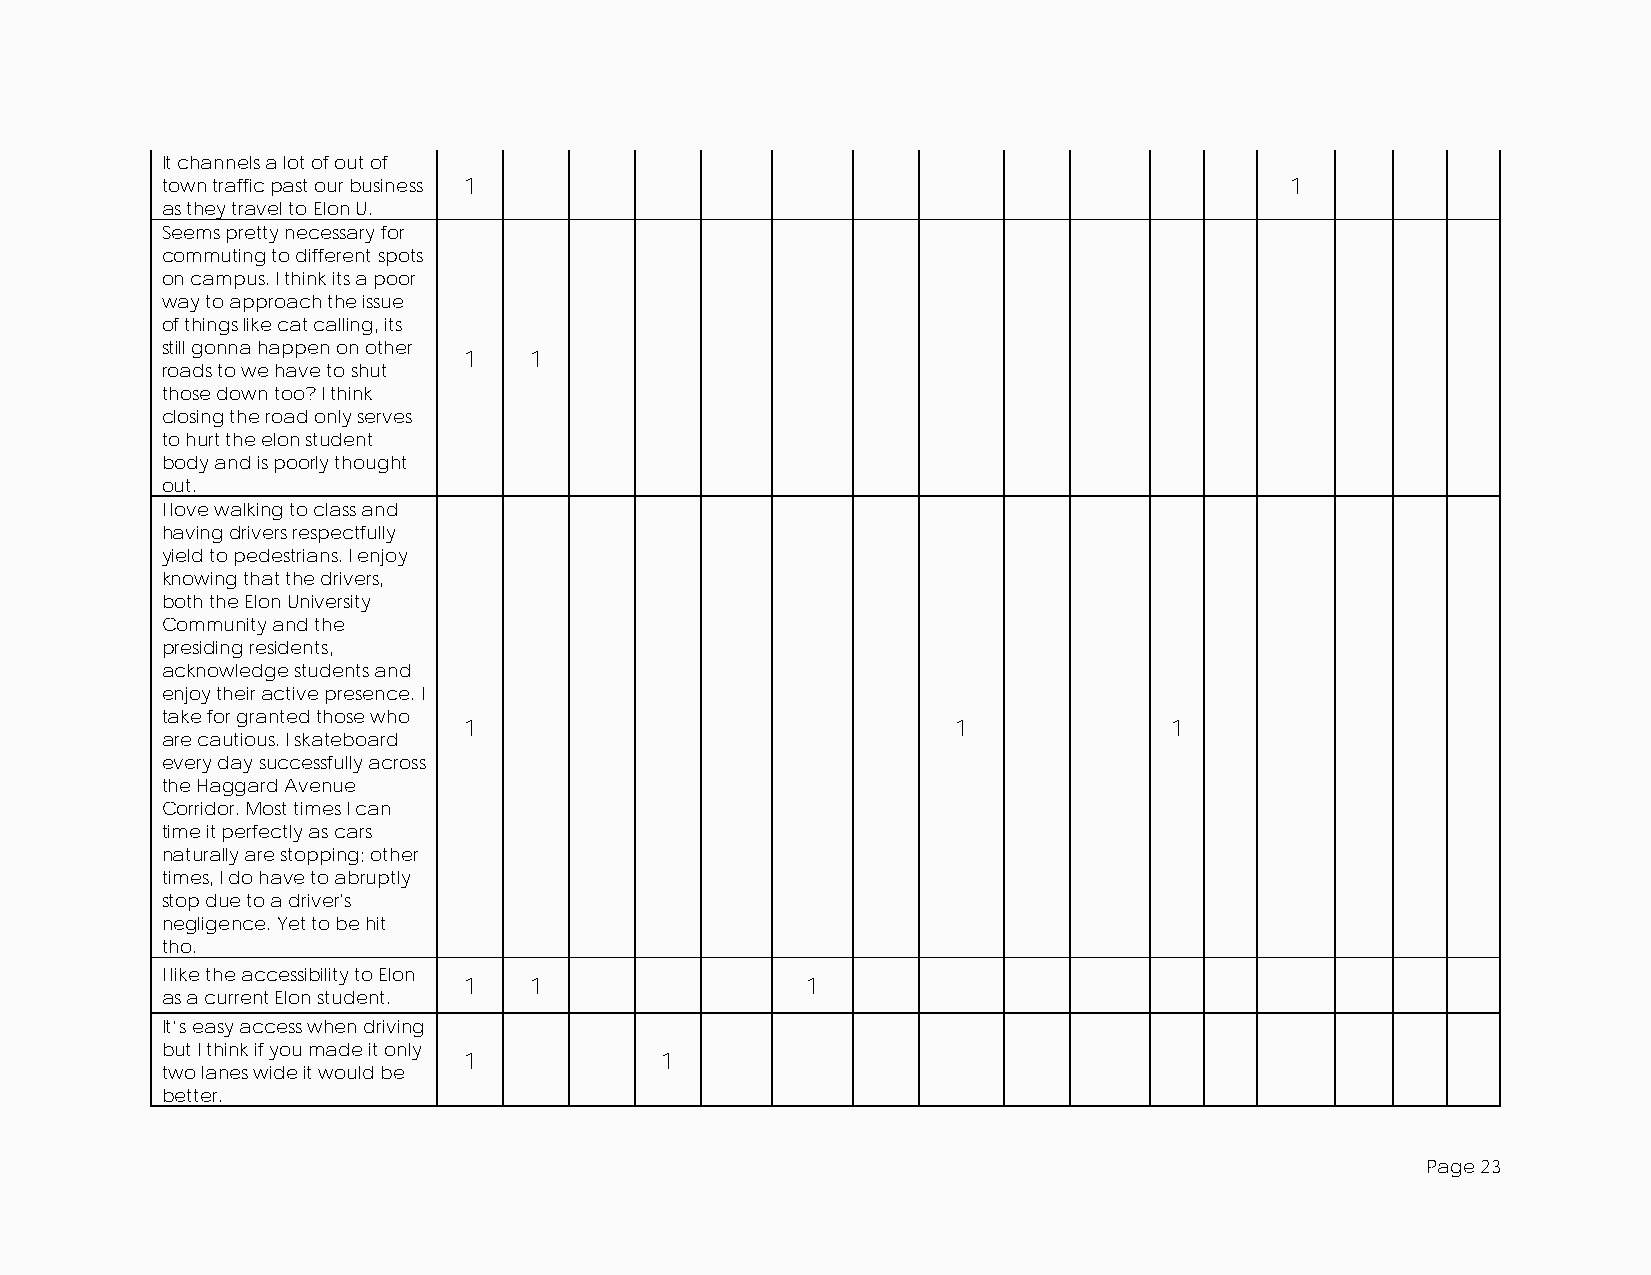
It channels a lot of out of
 town traffic past our business 1                                          1
 as they travel to Elon U.
 Seems pretty necessary for
 commuting to different spots
 on campus. I think its a poor
 way to approach the issue
 of things like cat calling, its
 still gonna happen on other
 1   1
 roads to we have to shut
 those down too? I think
 closing the road only serves
 to hurt the elon student
 body and is poorly thought
 out.
 I love walking to class and
 having drivers respectfully
 yield to pedestrians. I enjoy
 knowing that the drivers,
 both the Elon University
 Community and the
 presiding residents,
 acknowledge students and
 enjoy their active presence. I
 take for granted those who
 1                               1             1
 are cautious. I skateboard
 every day successfully across
 the Haggard Avenue
 Corridor. Most times I can
 time it perfectly as cars
 naturally are stopping; other
 times, I do have to abruptly
 stop due to a driver's
 negligence. Yet to be hit
 tho.
 I like the accessibility to Elon
 1   1                 1
 as a current Elon student.
 It’s easy access when driving
 but I think if you made it only
 1            1
 two lanes wide it would be
 better.
 Page 23